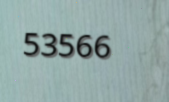
53566